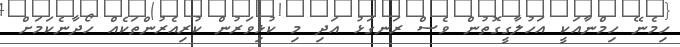
ހިމެނޭ ހިމްނާއަކީ އަހުލާގީގޮތުން ވެސް ރަނގަޅު އަދި މި ކުޅިވަރުން ކުރިއެރުންތަކެއް ހޯދާނެކަމަށް